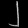
Digit: ၂